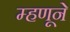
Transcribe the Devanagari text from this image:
म्हणूने